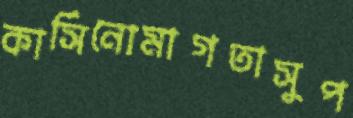
কার্সিনোমাগতাসুপ